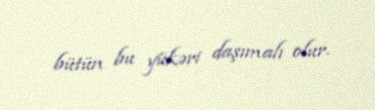
bütün bu yükəri daşımalı olur.